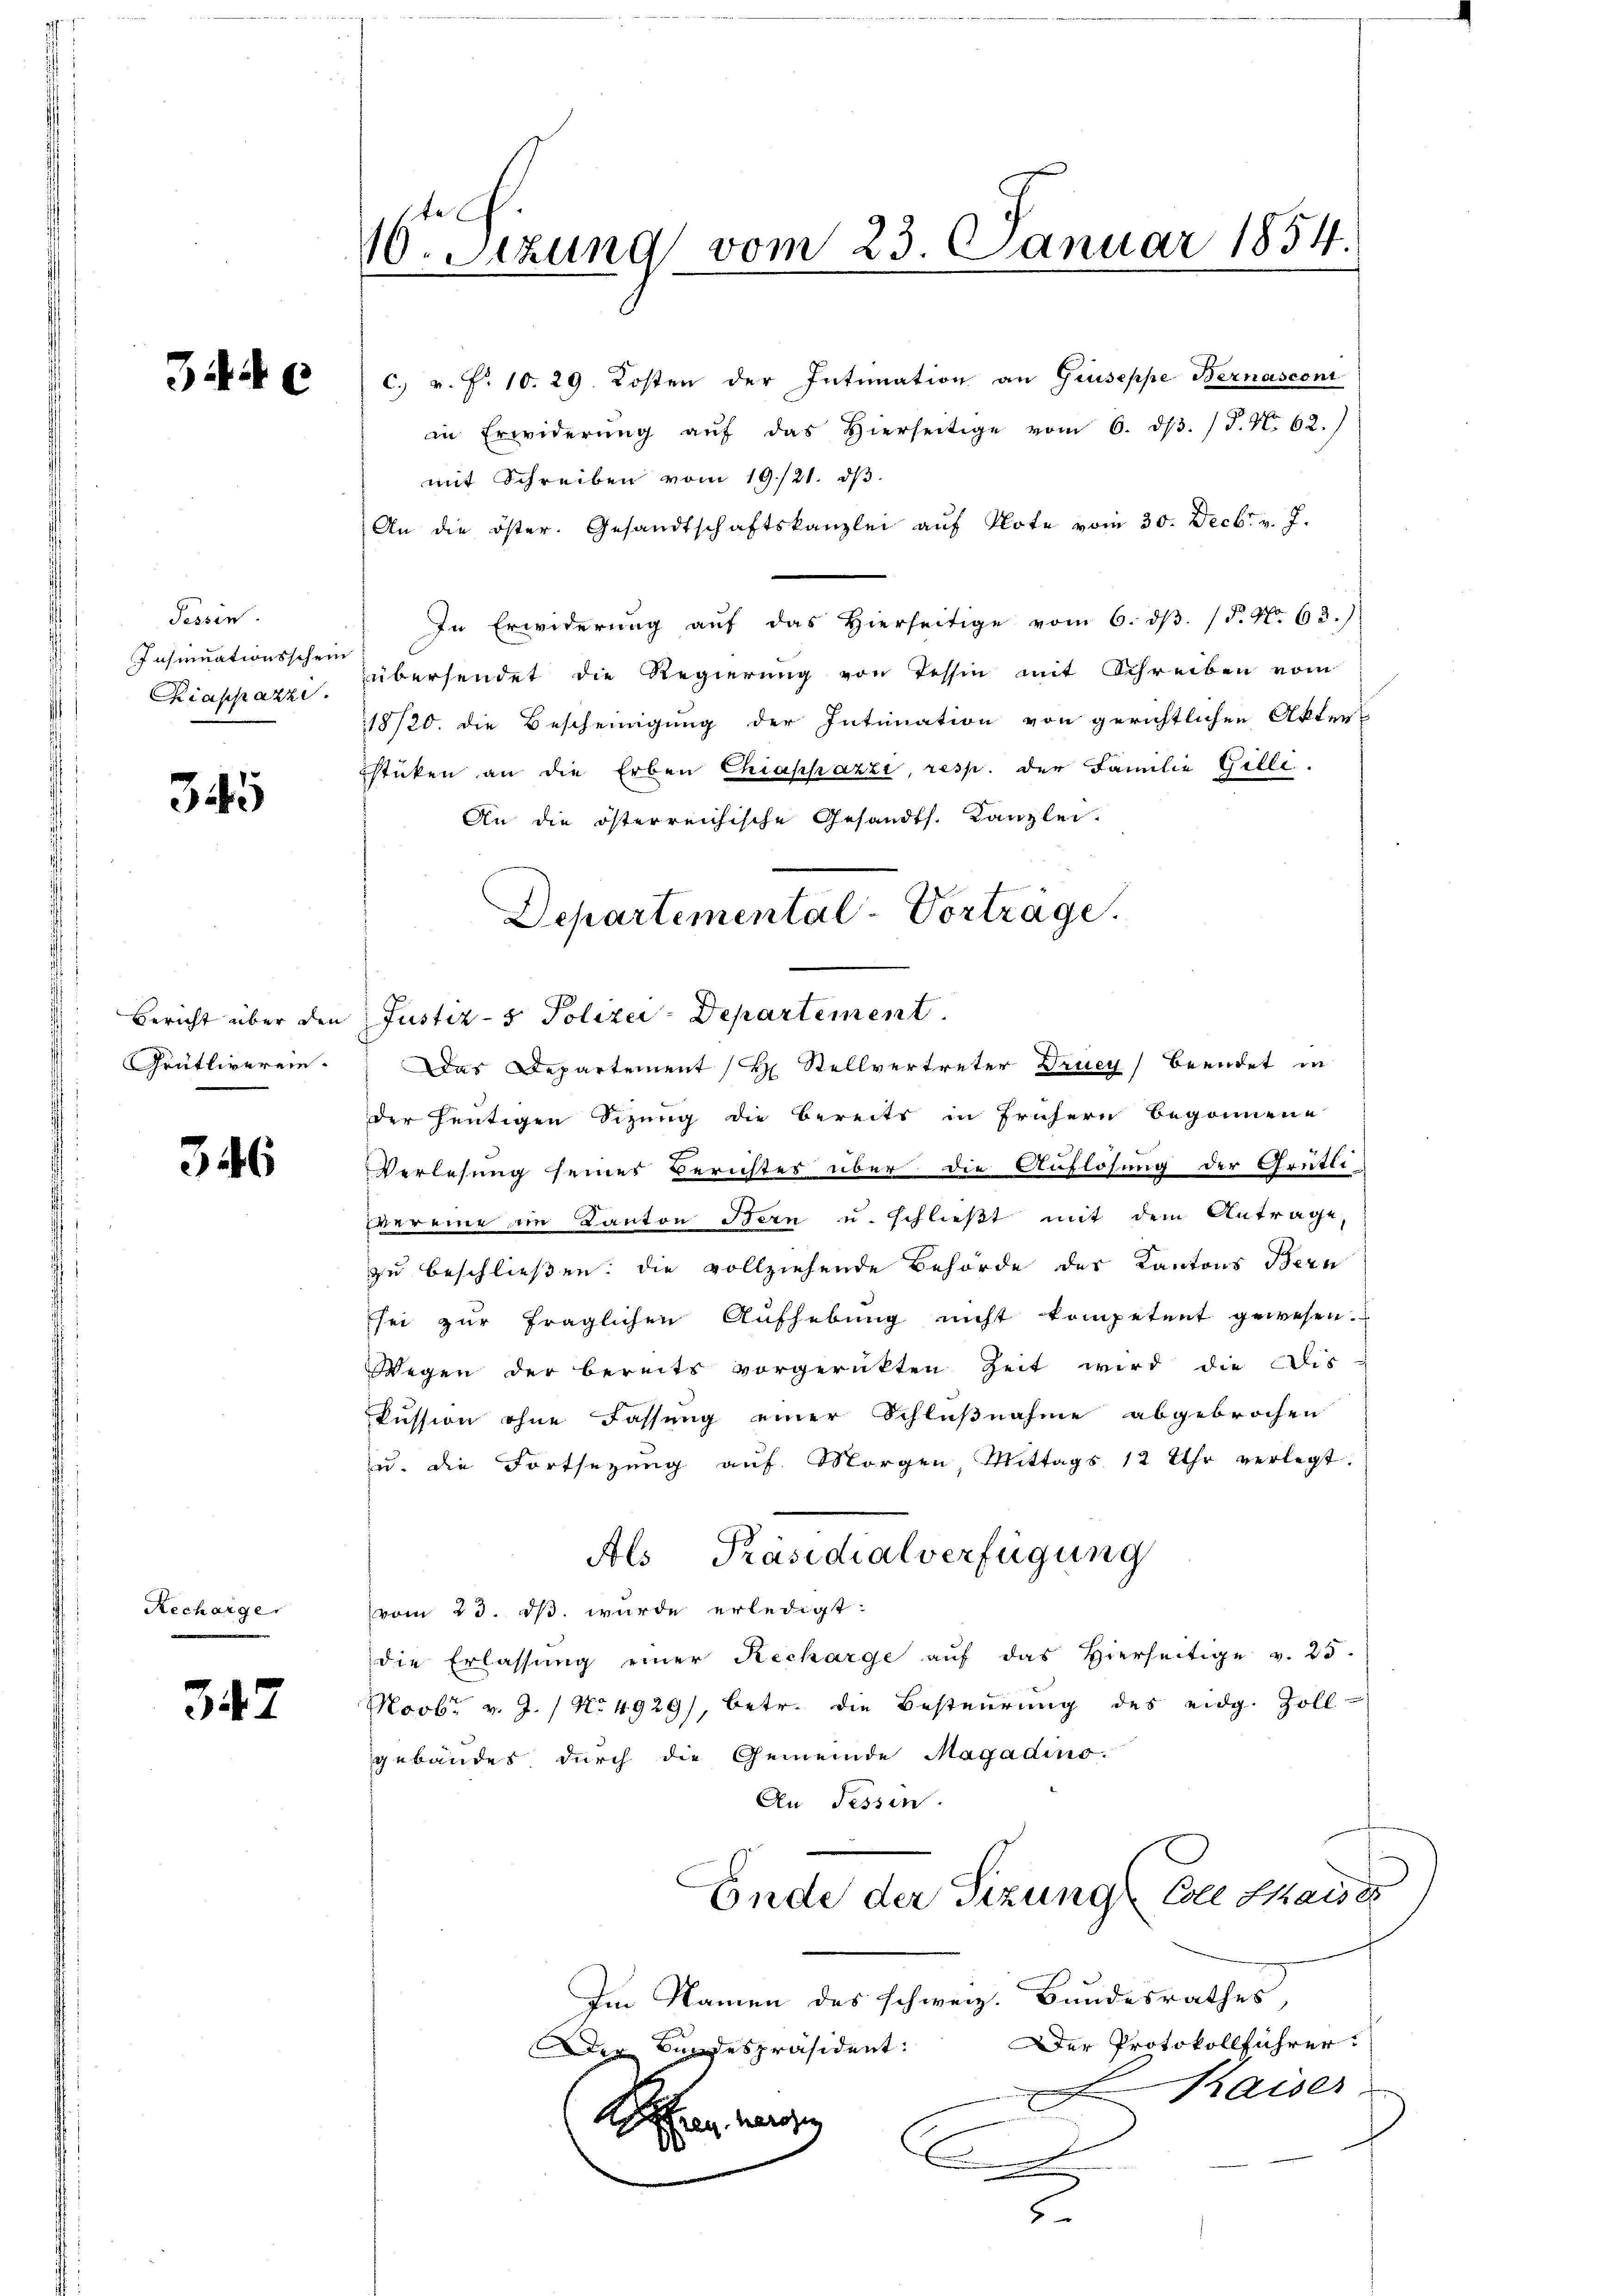
3446

Tessin.
Insinuationsschein
Kiappazze

345

Grütliverein.

346

Recharge

347

16. Setzung vom 23. Januar 1854

C. v. Fr. 10. 29. Kosten der Intimation an Giuseppe Bernascont
in Erwiderŭng aŭf das hierseitige vom 6. dβ. /J.M. 62.)
mit Schreiben vom 19./21. dβ.
An die öster. Gesandtschaftskanzlei aŭf Note vom 30. Decbr. v. J.
In Erwiderung auf das Hierseitige vom 6. dβ. (T. No. 63.)
übersendet die Regierung von Tessin mit Schreiben vom
18/20. die Bescheinigung der Intimation von gerichtlichen Akter
sticken an die Erben Chiappazzi, resp. der Familie Gille.
An die österreichische Gesandts. Kanzlei-
Bericht über den Justiz- & Polizei-Departement.
Das Departement (H Stellvertreter Drucy) Beendet in
der heutigen Sizung die Bereits in frühern begonnene
Verlesung seines Berichtes über die Auflösung der Grütli-
vereine im Kanton Bern u. schließt mit dem Antrage,
zu beschließen; die vollziehende Behörde der Kantons Bern
sei zur fraglichen Aufhebung nicht kompetent gewesen.
Wegen der bereits vorgerückten Zeit wird die Dis
kussion ohne Fassung einer Schlußnahme abgebrochen
zŭ. die Fortsezŭng aŭf Morgen, Mittags 12 Uhr verlegt.
Als Präsidialverfügung
vom 23. ds. wurde erledigt.
die Erlassung einer Recharge auf das hierseitige v. 25.
Novbr. v. J. / No 4929), betr. die Besteurung des eidg. Zoll-
gebäudes, durch die Gemeinde Magadino.
An Fessen.
Ende der Sizung Eile Kaises
Im Namen des schweiz. Bandesrathes,
Der Protokollführer:
Der Bundespräsident:
Kaiser
n
E
Schen werden
A
2

Departemental-Vorträge.